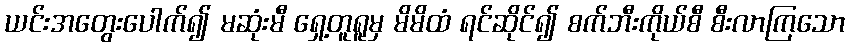
ယင်းအတွေးပေါက်၍ မဆုံးမီ ရှေ့တူရူမှ မိမိထံ ရင်ဆိုင်၍ စက်ဘီးကိုယ်စီ စီးလာကြသော